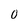
Character: 0